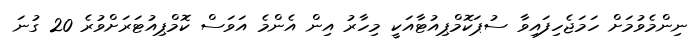
ނިންމެވުމަށް ހަމަޖެހިފައިވާ ސުޕަކޮމްޕިއުޓާއަކީ މިހާރު އިން އެންމެ އަވަސް ކޮމްޕިއުޓަރަށްވުރެ 20 ގުނަ